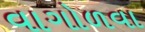
વાગોળવા